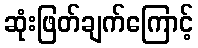
ဆုံးဖြတ်ချက်ကြောင့်